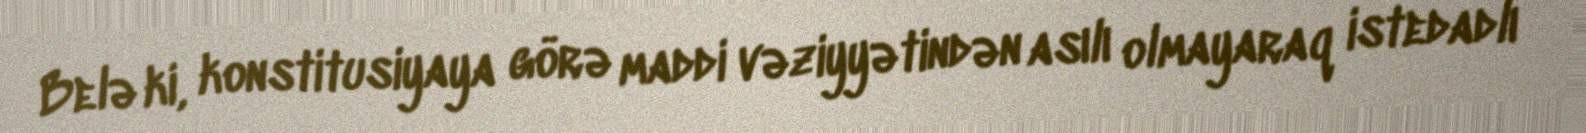
Belə ki, konstitusiyaya görə maddi vəziyyətindən asılı olmayaraq istedadlı